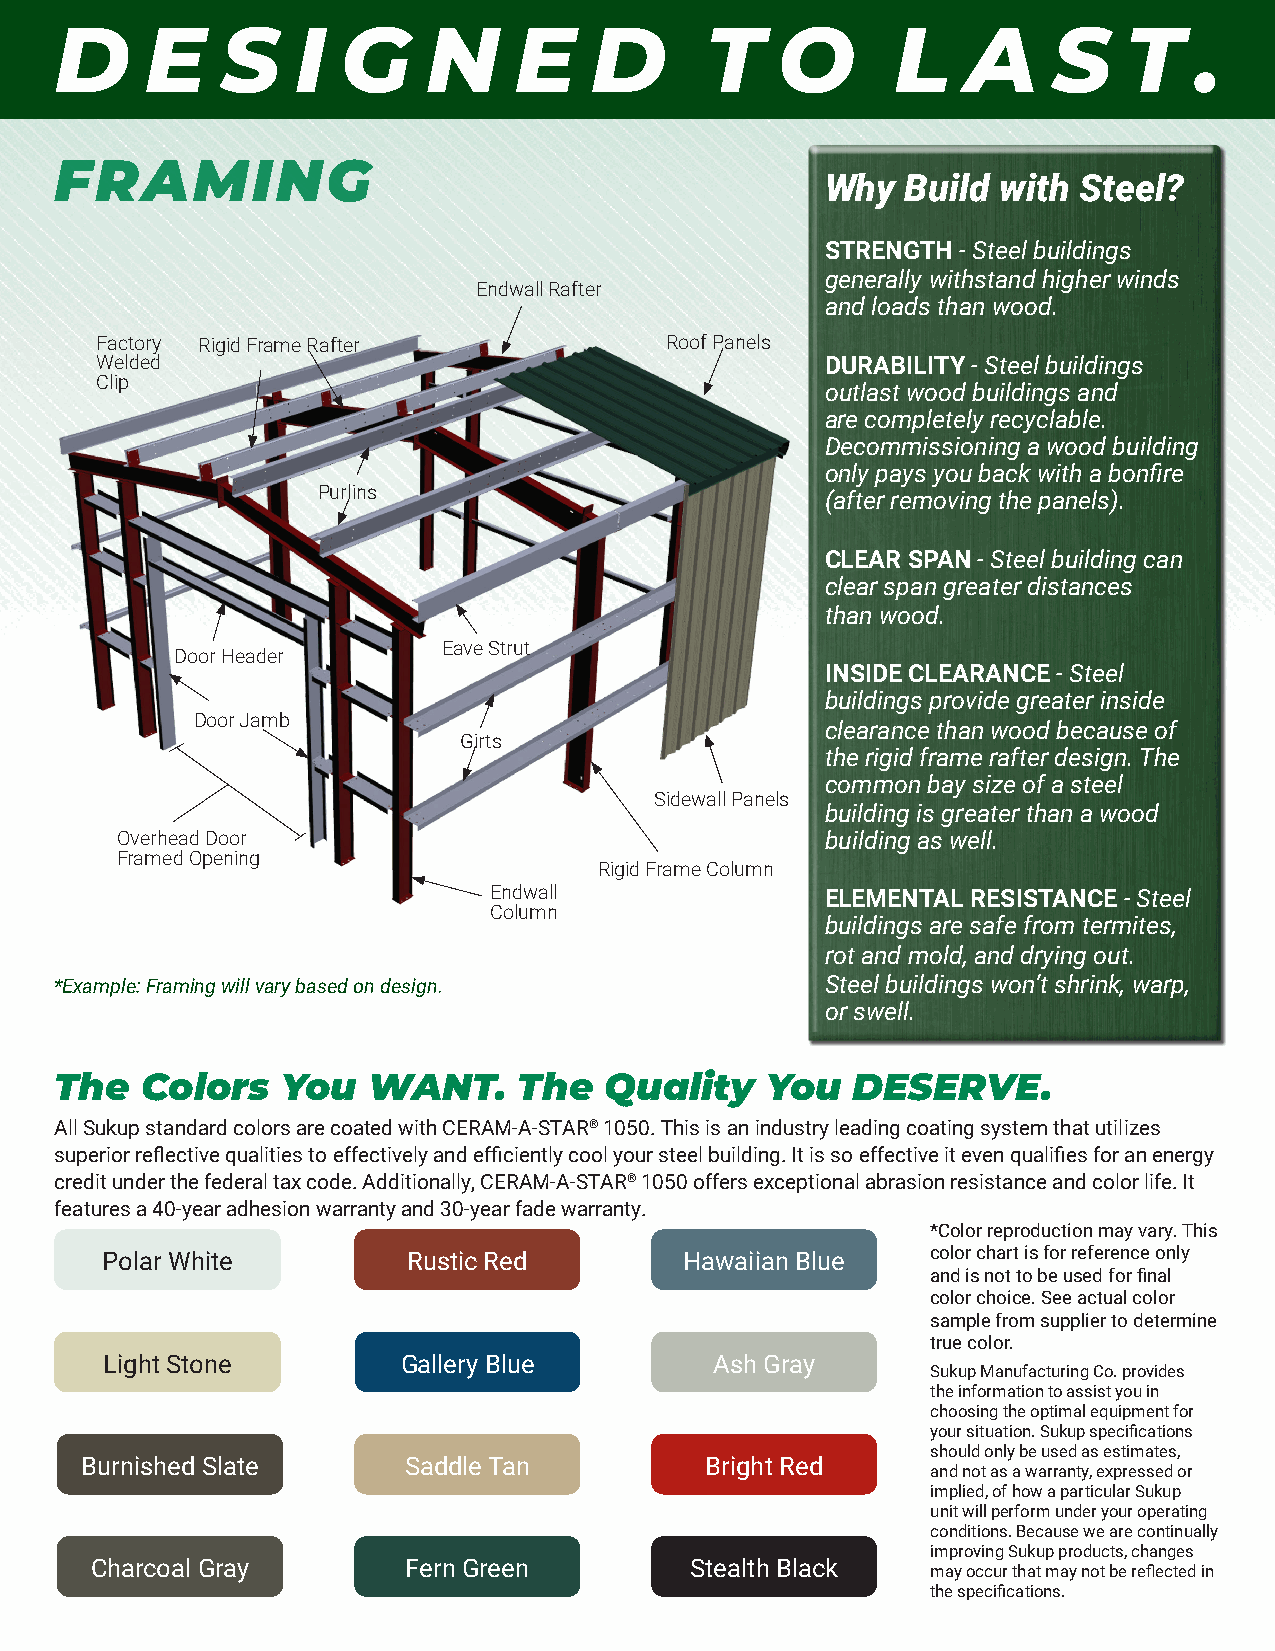
D     E    S    I  G    N     E    D       T   O       L    A     S   T    .
 FRAMING
 Why  Build with Steel?
 STRENGTH - Steel buildings
 generally withstand higher winds
 Endwall Rafter
 and loads than wood.
 Factory Rigid Frame Rafter            Roof Panels
 Welded                                           DURABILITY - Steel buildings
 Clip
 outlast wood buildings and
 are completely recyclable.
 Decommissioning a wood building
 only pays you back with a bonfire
 Purlins
 (after removing the panels).
 CLEAR SPAN - Steel building can
 clear span greater distances
 than wood.
 Eave Strut
 Door Header
 INSIDE CLEARANCE - Steel
 buildings provide greater inside
 Door Jamb
 clearance than wood because of
 Girts
 the rigid frame rafter design. The
 common bay size of a steel
 Sidewall Panels
 building is greater than a wood
 Overhead Door                                  building as well.
 Framed Opening
 Rigid Frame Column
 Endwall                ELEMENTAL RESISTANCE - Steel
 Column
 buildings are safe from termites,
 rot and mold, and drying out.
 *Example: Framing will vary based on design.       Steel buildings won’t shrink, warp,
 or swell.
 The  Colors    You  WANT.     The   Quality    You  DESERVE.
 All Sukup standard colors are coated with CERAM-A-STAR® 1050. This is an industry leading coating system that utilizes
 superior reflective qualities to effectively and efficiently cool your steel building. It is so effective it even qualifies for an energy
 credit under the federal tax code. Additionally, CERAM-A-STAR® 1050 offers exceptional abrasion resistance and color life. It
 features a 40-year adhesion warranty and 30-year fade warranty.
 *Color reproduction may vary. This
 Polar White         Rustic Red        Hawaiian Blue    color chart is for reference only
 and is not to be used for final
 color choice. See actual color
 sample from supplier to determine
 true color.
 Light Stone         Gallery Blue        Ash Gray
 Sukup Manufacturing Co. provides
 the information to assist you in
 choosing the optimal equipment for
 your situation. Sukup specifications
 should only be used as estimates,
 Burnished Slate       Saddle Tan          Bright Red
 and not as a warranty, expressed or
 implied, of how a particular Sukup
 unit will perform under your operating
 conditions. Because we are continually
 improving Sukup products, changes
 Charcoal Gray        Fern Green         Stealth Black
 may occur that may not be reflected in
 the specifications.